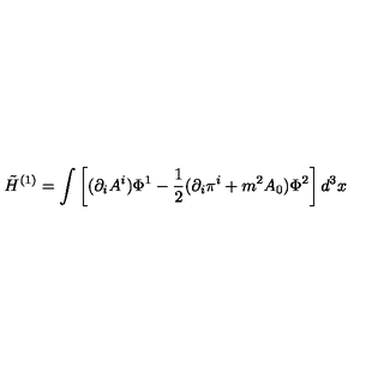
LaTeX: \tilde { H } ^ { ( 1 ) } = \int \left[ ( \partial _ { i } A ^ { i } ) \Phi ^ { 1 } - \frac { 1 } { 2 } ( \partial _ { i } \pi ^ { i } + m ^ { 2 } A _ { 0 } ) \Phi ^ { 2 } \right] d ^ { 3 } x